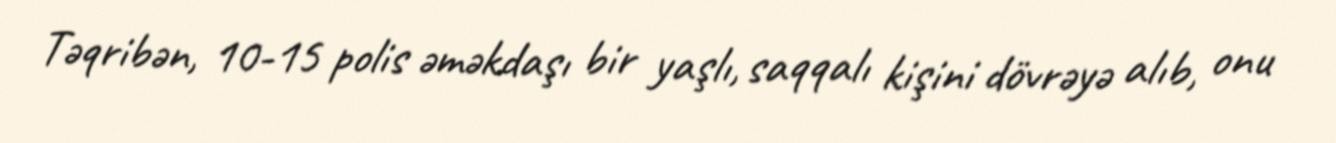
Təqribən, 10-15 polis əməkdaşı bir yaşlı, saqqalı kişini dövrəyə alıb, onu